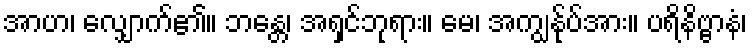
အာဟ၊ လျှောက်၏။ ဘန္တေ၊ အရှင်ဘုရား။ မေ၊ အကျွန်ုပ်အား။ ပရိနိဗ္ဗာနံ၊